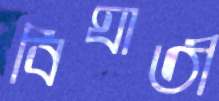
বিঘাতী